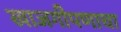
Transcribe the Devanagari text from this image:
खाजगीपणाचा